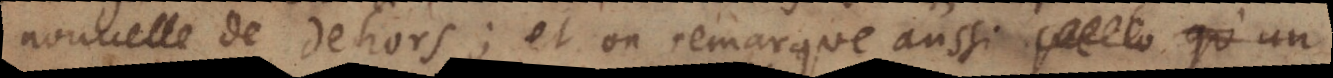
nouvelle de dehors; et on remarque aussi qu’un